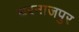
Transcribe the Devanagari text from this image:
घरनाजपुर